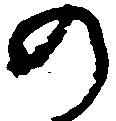
の